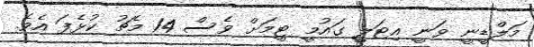
މަލްޑީނީ ވަނީ އިޓަލީ ގައުމީ ޓީމަށް ވެސް 14 މެޗު ކުޅެފަ އެވެ.